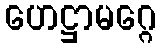
ဟေဋ္ဌာမဂ္ဂေ